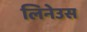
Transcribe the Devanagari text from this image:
लिनेउस